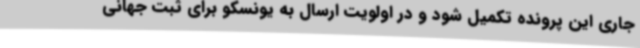
جاری این پرونده تکمیل شود و در اولویت ارسال به یونسکو برای ثبت جهانی